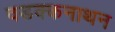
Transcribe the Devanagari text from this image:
वडक्कनाथन